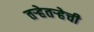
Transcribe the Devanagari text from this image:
तर्‍हेतर्‍हेची